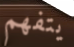
يتفهم